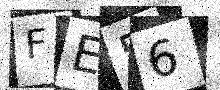
Text: FE56